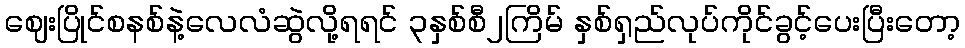
ဈေးပြိုင်စနစ်နဲ့လေလံဆွဲလို့ရရင် ၃နှစ်စီ၂ကြိမ် နှစ်ရှည်လုပ်ကိုင်ခွင့်ပေးပြီးတော့